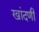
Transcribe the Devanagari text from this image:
खांदणी